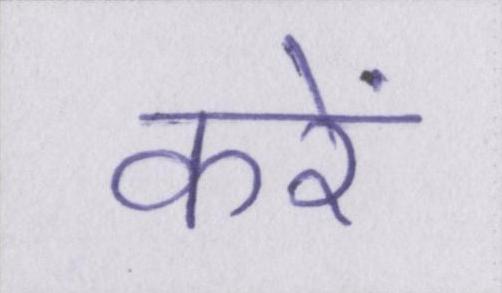
करें